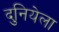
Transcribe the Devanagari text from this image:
दुनियेला